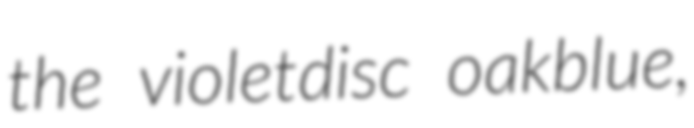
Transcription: the violetdisc oakblue,